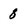
Character: 8